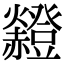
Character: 𧺄